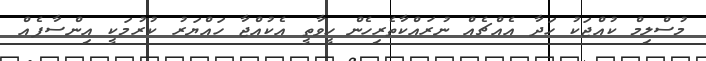
މުސްލިމް ކުއްޖަކު ހަދާ އެއްޗެއް ނުރައްކާތެރިހެން ހީވާތީ އެކުއްޖާ ހައްޔަރު ކުރުމަކީ އިންސާފެއް